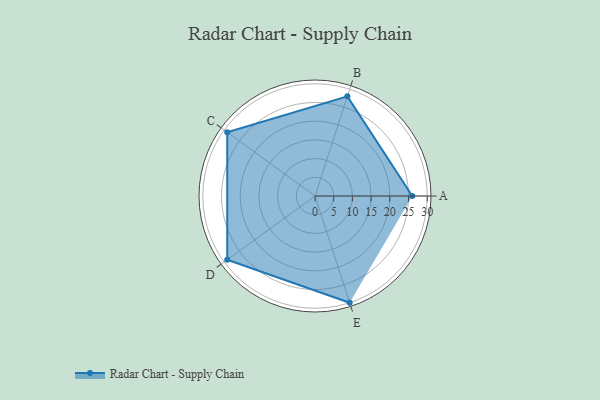
{"axis": {"x": "Skill", "y": "Score"}, "legend": ["Profile"], "data": [{"x": "A", "y": 26.0, "type": "Profile"}, {"x": "B", "y": 28.0, "type": "Profile"}, {"x": "C", "y": 29.0, "type": "Profile"}, {"x": "D", "y": 29.0, "type": "Profile"}, {"x": "E", "y": 30.0, "type": "Profile"}]}